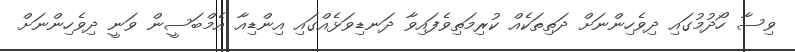
ވިސާ ހޯދުމުގައި ދިވެހިންނަށް ދަތިތަކެއް ކުރިމަތިވެފައިވާ ދަނޑިވަޅެއްގައި އިންޑިއާ އެމްބަސީން ވަނީ ދިވެހިންނަށް